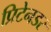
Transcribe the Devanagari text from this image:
प्रिटेनडर